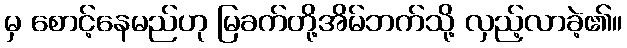
မှ စောင့်နေမည်ဟု မြခက်တို့အိမ်ဘက်သို့ လှည့်လာခဲ့၏။